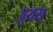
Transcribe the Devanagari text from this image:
अयस्‌